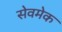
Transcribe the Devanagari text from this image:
सेवमेक